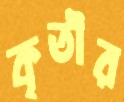
কৃতীর